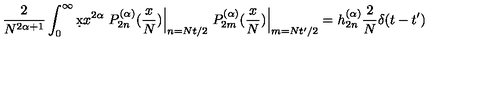
\frac { 2 } { N ^ { 2 \alpha + 1 } } \int _ { 0 } ^ { \infty } \d x x ^ { 2 \alpha } \left. P _ { 2 n } ^ { ( \alpha ) } ( \frac { x } { N } ) \right| _ { n = N t / 2 } \left. P _ { 2 m } ^ { ( \alpha ) } ( \frac { x } { N } ) \right| _ { m = N t ^ { \prime } / 2 } = h _ { 2 n } ^ { ( \alpha ) } \frac 2 N \delta ( t - t ^ { \prime } )